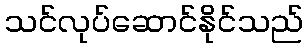
သင်လုပ်ဆောင်နိုင်သည်